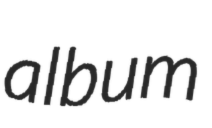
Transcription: album